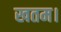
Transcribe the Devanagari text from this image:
खतम।